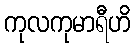
ကုလကုမာရီဟိ